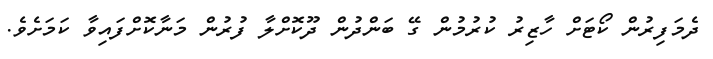
ދެމަފިރުން ކޯޓަށް ހާޒިރު ކުރުމުން ގޭ ބަންދުން ދޫކޮށްލާ ފުރުން މަނާކޮށްފައިވާ ކަމަށެވެ.